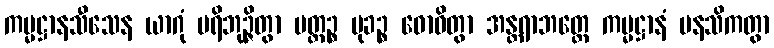
ကမ္မဋ္ဌာနသီသေန ယာဂုံ ပရိဘုဉ္ဇိတွာ ပတ္တဉ္စ မုခဉ္စ ဓောဝိတွာ အန္တရာဘတ္တေ ကမ္မဋ္ဌာနံ မနသိကတွာ